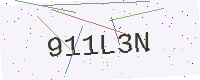
Text: 911L3N